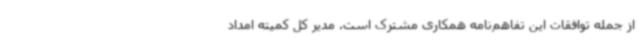
از جمله توافقات این تفاهم‌نامه همکاری مشترک است. مدیر کل کمیته امداد